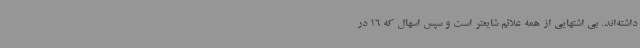
داشته‌اند. بی اشتهایی از همه علائم شایعتر است و سپس اسهال که 16 در